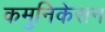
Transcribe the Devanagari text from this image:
कमुनिकेसन